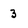
Character: 3